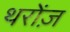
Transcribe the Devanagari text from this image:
थरोंज़